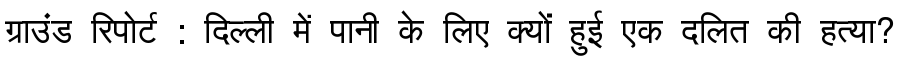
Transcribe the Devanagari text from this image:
ग्राउंड रिपोर्ट : दिल्ली में पानी के लिए क्यों हुई एक दलित की हत्या?